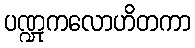
ပဏ္ဍုကလောဟိတကာ